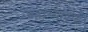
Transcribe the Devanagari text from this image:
बातम्यांकडे